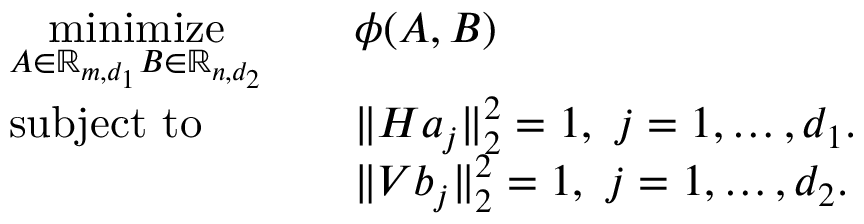
\begin{array} { r l r l } & { \underset { A \in \mathbb { R } _ { m , d _ { 1 } } B \in \mathbb { R } _ { n , d _ { 2 } } } { \mathrm { m i n i m i z e } } } & & { \phi ( { A } , B ) } \\ & { \mathrm { s u b j e c t ~ t o } } & & { \| H a _ { j } \| _ { 2 } ^ { 2 } = 1 , \ j = 1 , \ldots , d _ { 1 } . } \\ & { } & & { \| V b _ { j } \| _ { 2 } ^ { 2 } = 1 , \ j = 1 , \ldots , d _ { 2 } . } \end{array}